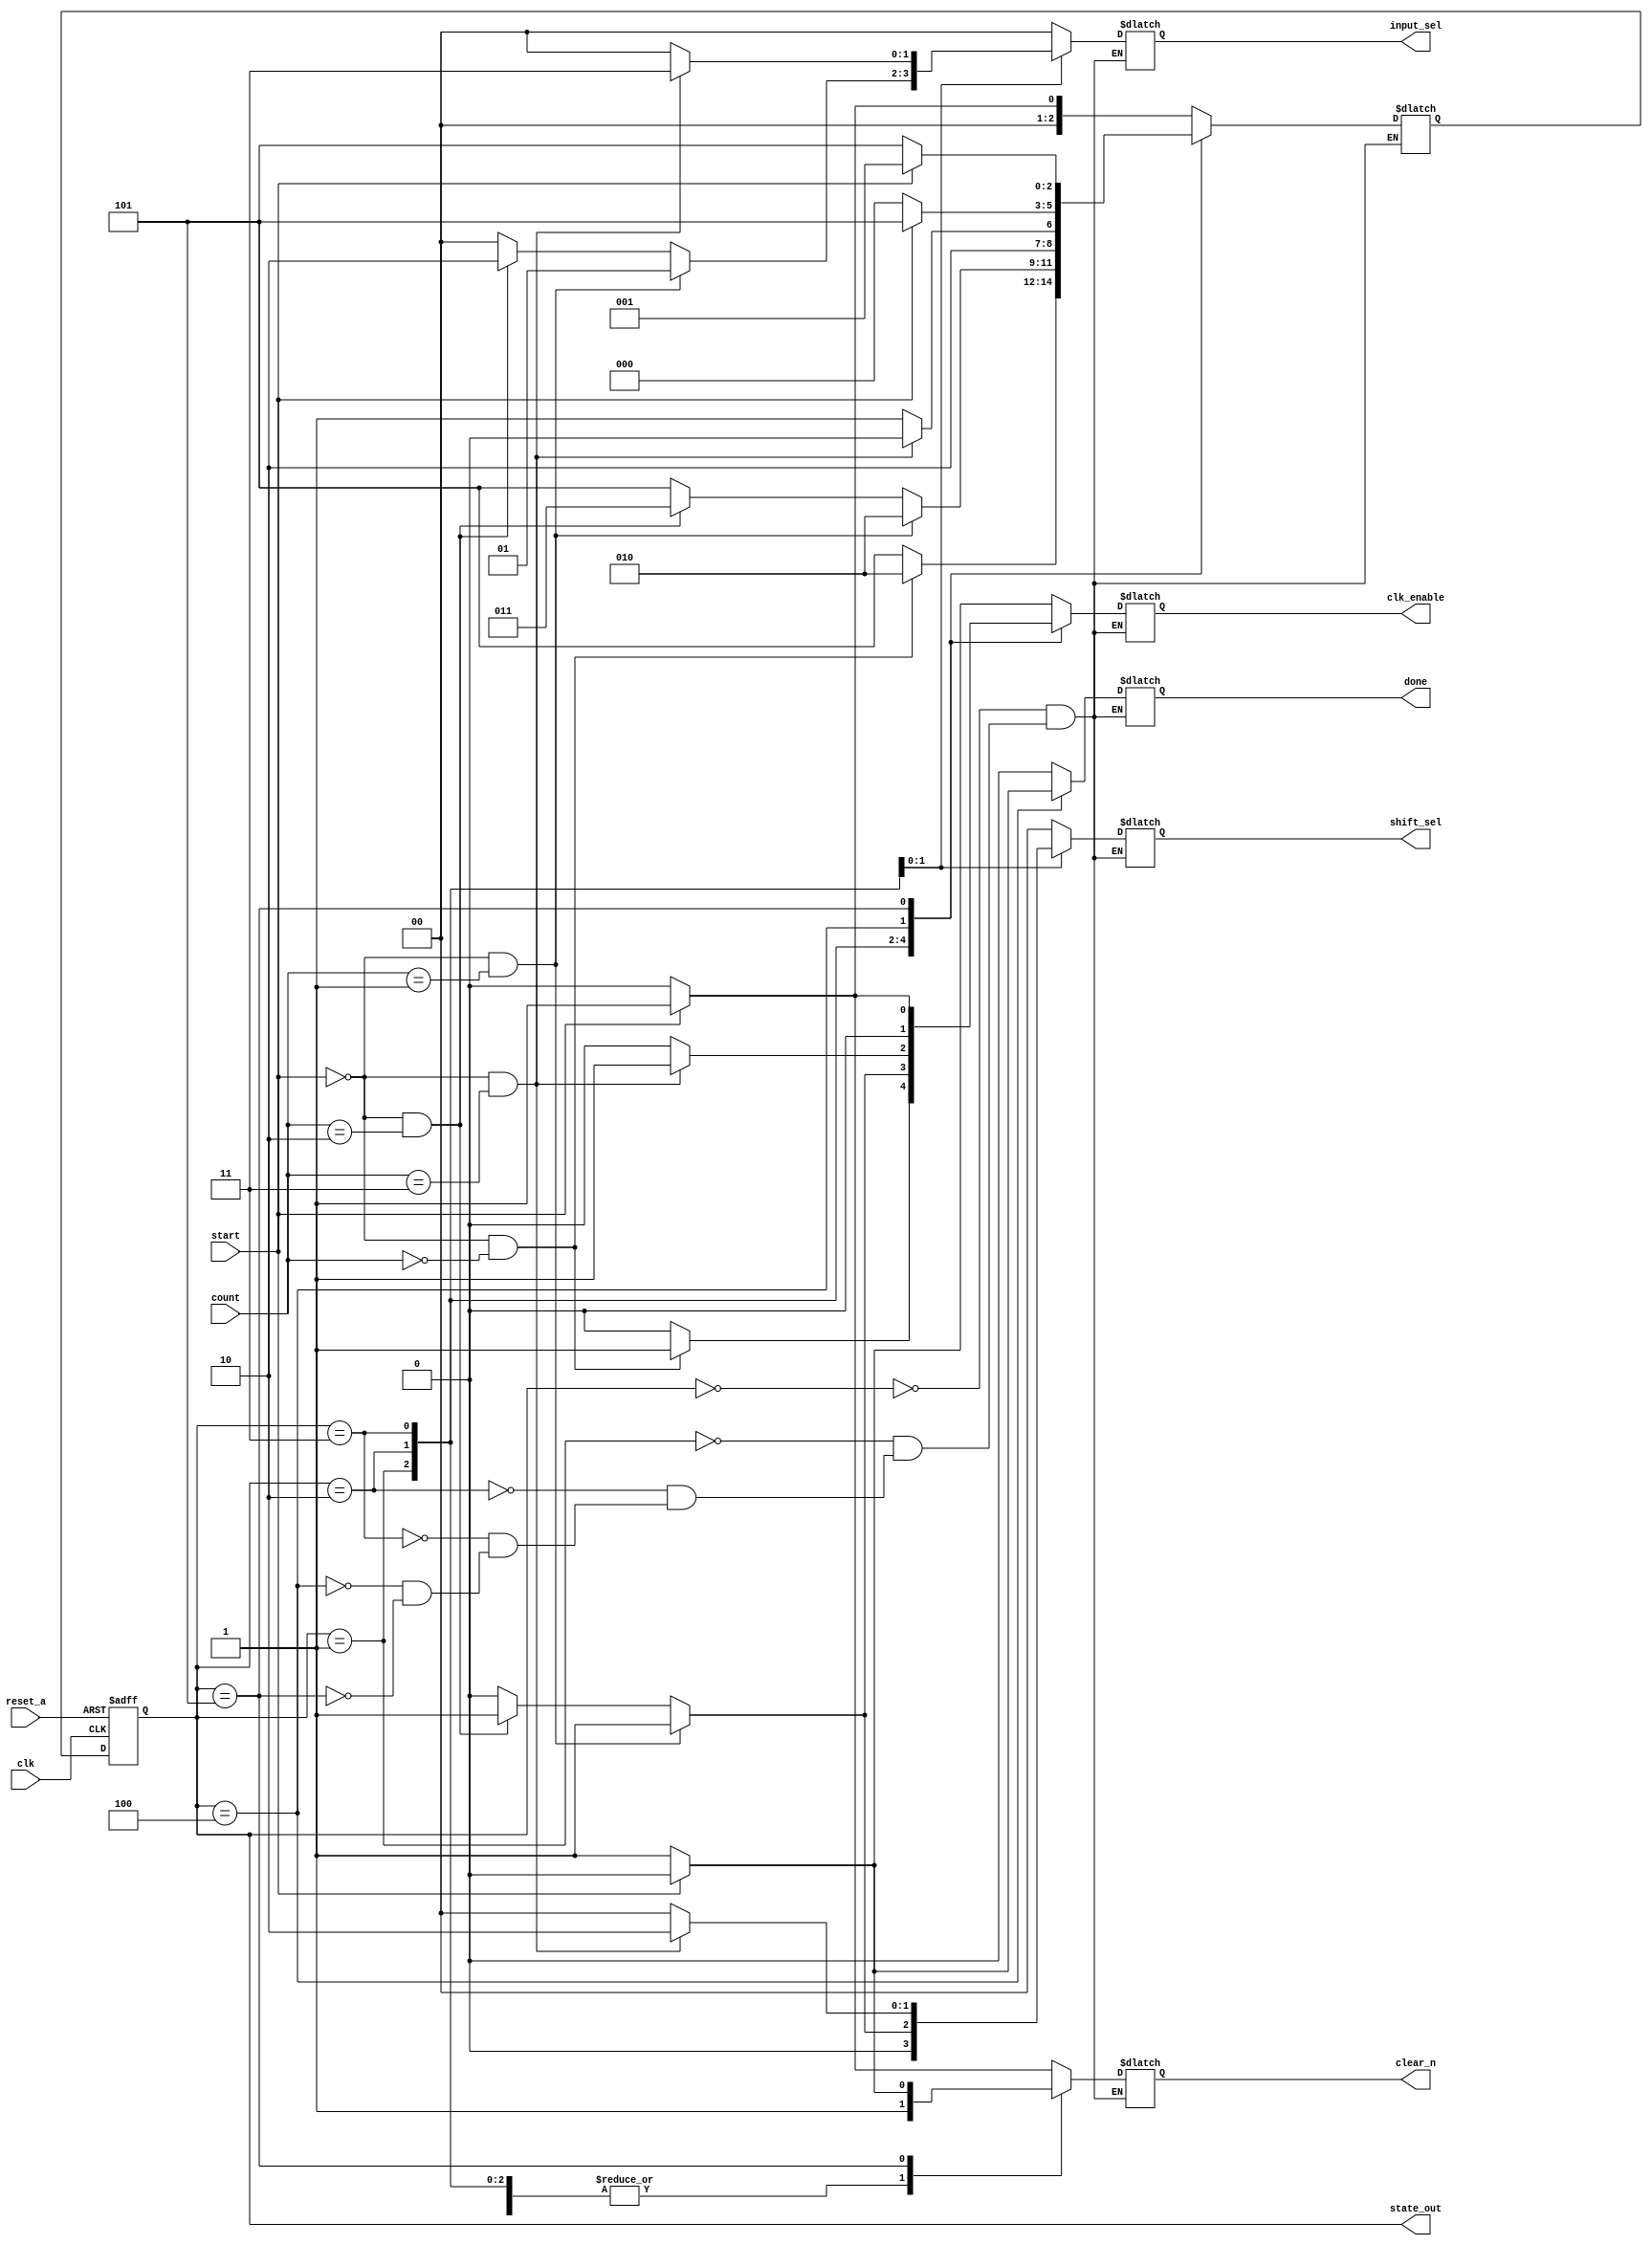
module multiplier_controller(
    input clk, start, reset_a,
    input [1:0] count,
    output reg done, clk_enable, clear_n,
    output reg [1:0] input_sel, shift_sel,
    output [2:0] state_out
);
    localparam IDLE = 3'b000;
    localparam LSB  = 3'b001;
    localparam MID  = 3'b010;
    localparam MSB  = 3'b011;
    localparam ERR  = 3'b101;
    localparam CALC_DONE = 3'b100;
    
    reg [2:0] current_state, next_state;

    // Register Logic
    always @(posedge clk or posedge reset_a)
    begin
        if(reset_a)
            current_state <= IDLE;
        else
            current_state <= next_state;
    end

    // Input and Output Logic
    always @(*)
    begin
        case(current_state)
        IDLE:
            if(start)
            begin
                next_state <= LSB;
                done <=    1'b0;
                clk_enable <= 1'b0;
                clear_n <=  1'b1;
                //default
                input_sel <= 2'b00;
                shift_sel <= 2'b00;
            end
            else 
            begin
                next_state <= IDLE;
                done <=    1'b0;
                clk_enable <= 1'b1;
                clear_n <=  1'b0;
                //default
                input_sel <= 2'b00;
                shift_sel <= 2'b00;
            end
    //------------------------------------------------------------            
        LSB:
            if(~start && count == 2'b00)
            begin
                next_state <= MID;
                done <=    1'b0;
                clk_enable <= 1'b1;
                clear_n <=  1'b1;
                input_sel <= 2'b00;
                shift_sel <= 2'b00;
            end
            else
            begin
                next_state <= ERR;
                done <=    1'b0;
                clk_enable <= 1'b0;
                clear_n <=  1'b1;
                //default
                input_sel <= 2'b00;
                shift_sel <= 2'b00;
            end
    //------------------------------------------------------------
        MID:
            if(~start && count == 2'b01)
            begin
                next_state <= MID;
                done <=    1'b0;
                clk_enable <= 1'b1;
                clear_n <=  1'b1;
                input_sel <= 2'b01;
                shift_sel <= 2'b01;
            end
            else if(~start && count == 2'b10)
            begin
                next_state <= MSB;
                done <=    1'b0;
                clk_enable <= 1'b1;
                clear_n <=  1'b1;
                input_sel <= 2'b10;
                shift_sel <= 2'b01;
            end
            else
            begin
                next_state <= ERR;
                done <=    1'b0;
                clk_enable <= 1'b0;
                clear_n <=  1'b1;
                //default
                input_sel <= 2'b00;
                shift_sel <= 2'b00;
            end
    //------------------------------------------------------------
        MSB:
            if(~start && count == 2'b11)
            begin
                next_state <= CALC_DONE;
                done <=    1'b0;
                clk_enable <= 1'b1;
                clear_n <=  1'b1;
                input_sel <= 2'b11;
                shift_sel <= 2'b10;
            end
            else
            begin
                next_state <= ERR;
                done <=    1'b0;
                clk_enable <= 1'b0;
                clear_n <=  1'b1;
                //default
                input_sel <= 2'b00;
                shift_sel <= 2'b00;
            end
    //------------------------------------------------------------
        CALC_DONE:
            if(~start)
            begin
                next_state <= IDLE;
                done <=    1'b1;
                clk_enable <= 1'b0;
                clear_n <=  1'b1;
                //default
                input_sel <= 2'b00;
                shift_sel <= 2'b00;
            end
            else
            begin
                next_state <= ERR;
                done <=    1'b0;
                clk_enable <= 1'b0;
                clear_n <=  1'b1;
                //default
                input_sel <= 2'b00;
                shift_sel <= 2'b00;
            end
    //------------------------------------------------------------
        ERR:
            if(start)
            begin
                next_state <= LSB;
                done <=    1'b0;
                clk_enable <= 1'b1;
                clear_n <=  1'b0;
                //default
                input_sel <= 2'b00;
                shift_sel <= 2'b00;
            end
            else
            begin
                next_state <= ERR;
                done <=    1'b0;
                clk_enable <= 1'b0;
                clear_n <=  1'b1;
                //default
                input_sel <= 2'b00;
                shift_sel <= 2'b00;
            end

        endcase
    end
    assign state_out = current_state;
endmodule